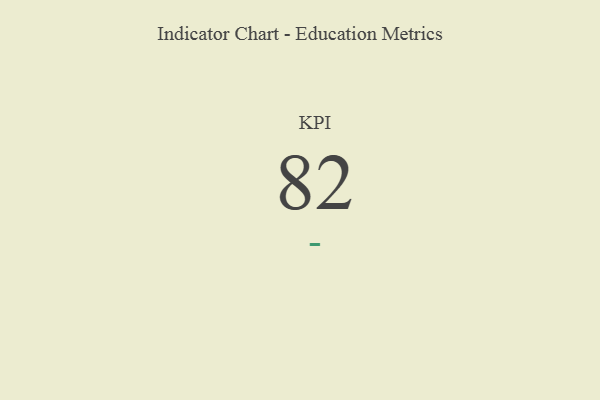
{"axis": {"x": "KPI", "y": "Value"}, "legend": [""], "data": [{"x": "KPI", "y": 82, "type": ""}]}